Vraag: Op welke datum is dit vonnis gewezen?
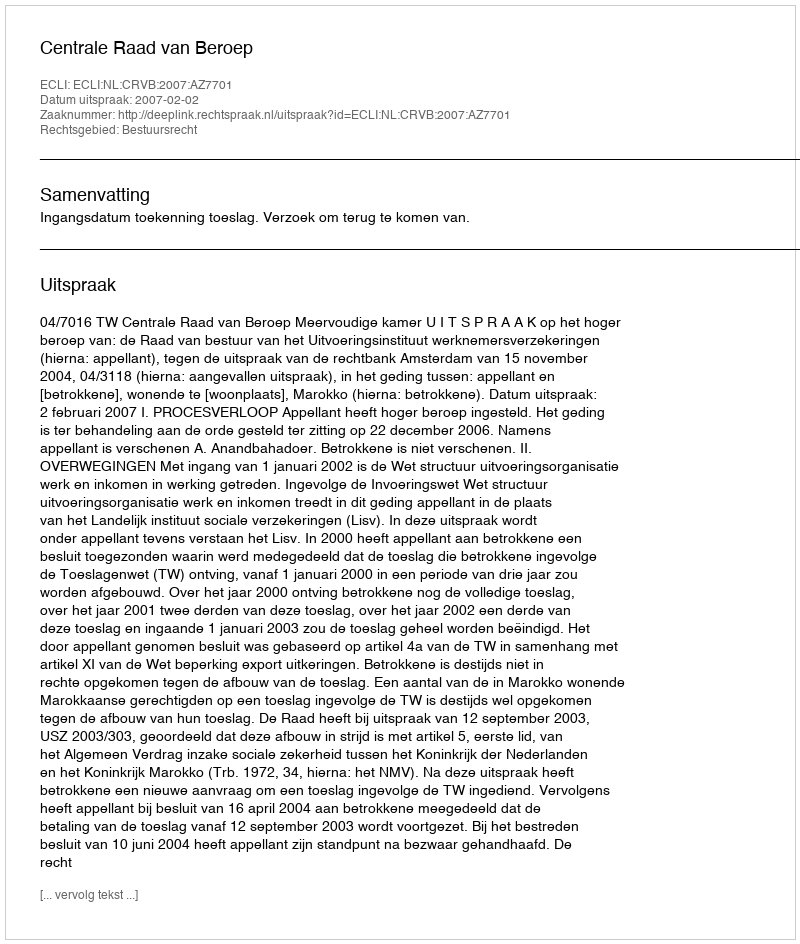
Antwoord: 2007-02-02